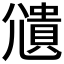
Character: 𫵒